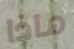
ماذا